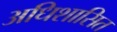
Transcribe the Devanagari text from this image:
अधिशासित